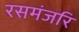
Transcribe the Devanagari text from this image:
रसमंजरि